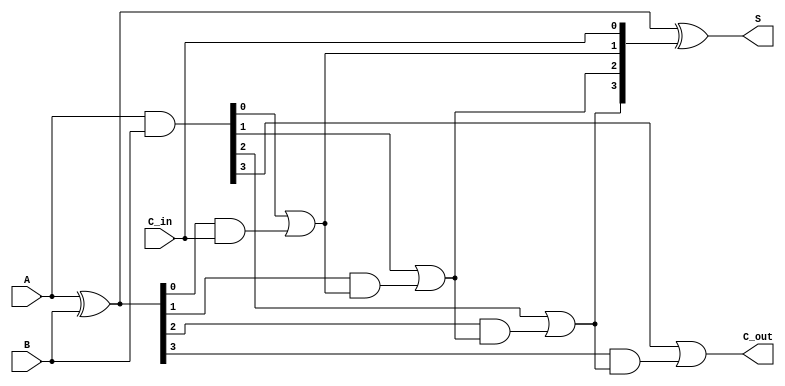
`timescale 1ns / 1ps
//////////////////////////////////////////////////////////////////////////////////
// Company: HoHai University
// Design Name: 4bit
// Module Name: add4
// Project Name: 4bit
// Description: 
//              
// Revision 0.01 - File Created
//////////////////////////////////////////////////////////////////////////////////

module add4(
    // 
    input[3:0] A,   // A
    input[3:0] B,   // B
    input C_in,     // 
    output[3:0]S,   // S
    output C_out    // 
    );
    wire[3:0] G ,P ,C ;  
    assign G = A & B; // Generate
    assign P = A ^ B; // Propagate
    // 
    assign C[0] = C_in; 
    assign C[1] = G[0] | (P[0] & C[0]);
    assign C[2] = G[1] | (P[1] & (G[0] | (P[0] & C[0])));
    assign C[3] = G[2] | (P[2] & (G[1] | (P[1] & (G[0] | (P[0] & C[0])))));
    assign C_out = G[3] | (P[3] & (G[2] | (P[2] & (G[1] | (P[1] & (G[0] | (P[0] & C[0])))))));
    assign S = A ^ B ^ C;
endmodule